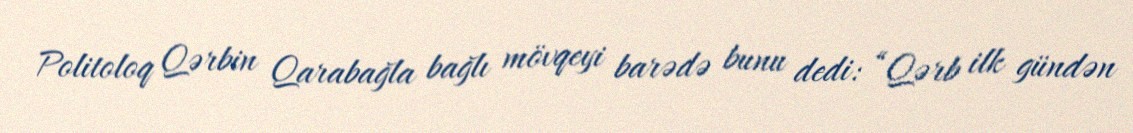
Politoloq Qərbin Qarabağla bağlı mövqeyi barədə bunu dedi: “Qərb ilk gündən